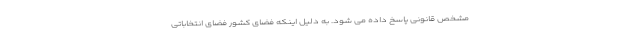
مشخص قانونی پاسخ داده می شود. به دلیل اینکه فضای کشور فضای انتخاباتی